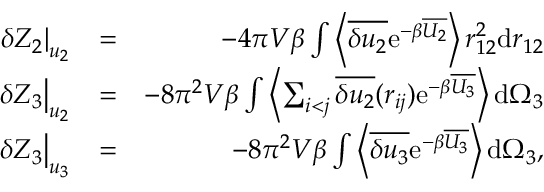
\begin{array} { r l r } { \left. \delta Z _ { 2 } \right| _ { u _ { 2 } } } & { = } & { - 4 \pi V \beta \int \left\langle \overline { { \delta u _ { 2 } } } \mathrm { e } ^ { - \beta \overline { { U _ { 2 } } } } \right\rangle r _ { 1 2 } ^ { 2 } \mathrm { d } r _ { 1 2 } } \\ { \left. \delta Z _ { 3 } \right| _ { u _ { 2 } } } & { = } & { - 8 \pi ^ { 2 } V \beta \int \left\langle \sum _ { i < j } \overline { { \delta u _ { 2 } } } ( r _ { i j } ) \mathrm { e } ^ { - \beta \overline { { U _ { 3 } } } } \right\rangle \mathrm { d } \Omega _ { 3 } } \\ { \left. \delta Z _ { 3 } \right| _ { u _ { 3 } } } & { = } & { - 8 \pi ^ { 2 } V \beta \int \left\langle \overline { { \delta u _ { 3 } } } \mathrm { e } ^ { - \beta \overline { { U _ { 3 } } } } \right\rangle \mathrm { d } \Omega _ { 3 } , } \end{array}